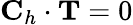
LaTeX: \textbf{C}_{h}\cdot\textbf{T}=0